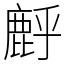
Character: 䴣